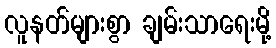
လူနတ်များစွာ ချမ်းသာရေးမို့